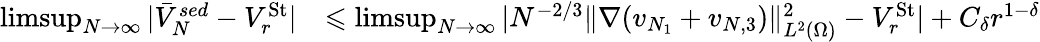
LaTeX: \begin{array}{rl}{\operatorname*{limsup}_{N\to\infty}|\bar{V}_{N}^{sed}-V_{r}^{\mathrm{St}}|}&{\leqslant\operatorname*{limsup}_{N\to\infty}|N^{-2/3}\| \nabla(v_{N_{1}}+v_{N,3})\| _{L^{2}(\Omega)}^{2}-V_{r}^{\mathrm{St}}|+C_{\delta}r^{1-\delta}}\end{array}